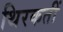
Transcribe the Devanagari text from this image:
थिरकतीं